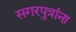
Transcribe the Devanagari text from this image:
सगरपुत्रांना